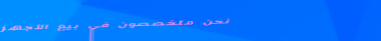
نحن متخصصون في بيع الأجهز